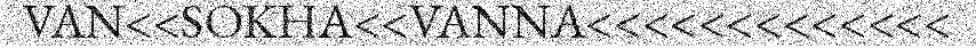
VAN<<SOKHA<<VANNA<<<<<<<<<<<<<